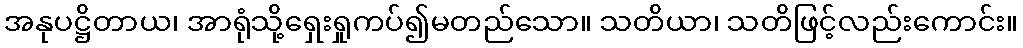
အနုပဋ္ဌိတာယ၊ အာရုံသို့ရှေးရှုကပ်၍မတည်သော။ သတိယာ၊ သတိဖြင့်လည်းကောင်း။